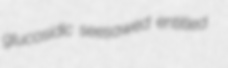
glucosidic seesawed entitled